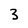
Character: 3